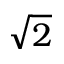
\sqrt { 2 }